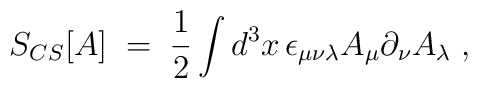
S_{CS}[A]\;=\;\frac{1}{2}\int d^{3}x\,\epsilon _{\mu \nu \lambda }A_{\mu}\partial _{\nu }A_{\lambda }\;,